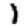
Digit: 1